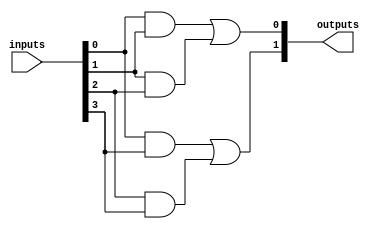
module PAL (
    input wire [N-1:0] inputs,       // N input signals
    output wire [M-1:0] outputs       // M output signals
);

// Parameters
parameter N = 4;                    // Number of inputs
parameter M = 2;                    // Number of outputs
parameter P = 4;                    // Number of programmable AND gates

// Programmable AND array
wire [P-1:0] and_outputs;           // Outputs from AND gates

// Example of programmable connections (this can be modified for programming)
assign and_outputs[0] = inputs[0] & inputs[1]; // Product term 1
assign and_outputs[1] = inputs[1] & inputs[2]; // Product term 2
assign and_outputs[2] = inputs[0] & inputs[3]; // Product term 3
assign and_outputs[3] = inputs[2] & inputs[3]; // Product term 4

// Fixed OR array
assign outputs[0] = and_outputs[0] | and_outputs[1]; // Output 1
assign outputs[1] = and_outputs[2] | and_outputs[3]; // Output 2

endmodule